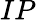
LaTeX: IP